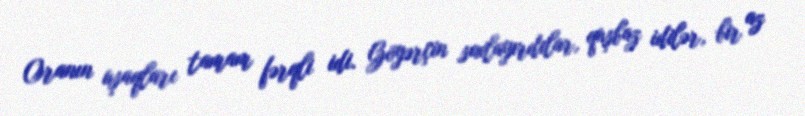
Oranın uşaqları tamam fərqli idi. Göyərçin saxlayırdılar, quşbaz idilər, bir az